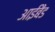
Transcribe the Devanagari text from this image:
आईबैंड